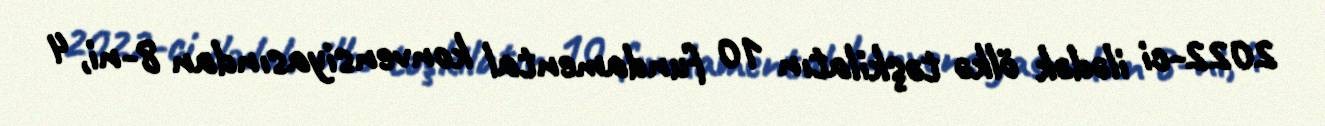
2022-ci ilədək ölkə təşkilatın 10 fundamental konvensiyasından 8-ni, 4